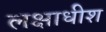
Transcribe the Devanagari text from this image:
लक्षाधीश